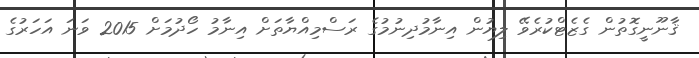
ޤާނޫނީގޮތުން ގެޒެޓްކުރެވޭ ލިޔުން އިނާމުދިނުމުގެ ރަސްމިއްޔާތަށް އިނާމު ހޯދުމަށް 2015 ވަނަ އަހަރުގެ